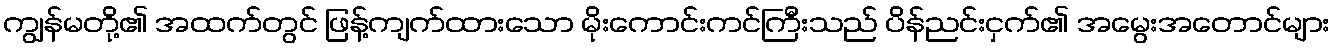
ကျွန်မတို့၏ အထက်တွင် ဖြန့်ကျက်ထားသော မိုးကောင်းကင်ကြီးသည် ပိန်ညင်းငှက်၏ အမွေးအတောင်များ